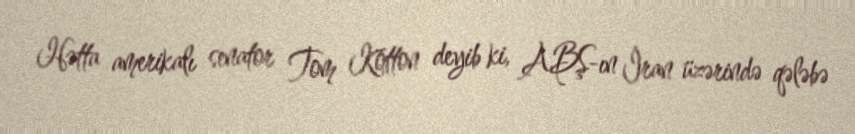
Hətta amerikalı senator Tom Kotton deyib ki, ABŞ-ın İran üzərində qələbə